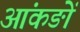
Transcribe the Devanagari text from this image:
आंकङों